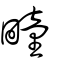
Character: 疃